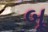
બૂ